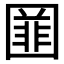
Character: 𡈚